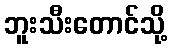
ဘူးသီးတောင်သို့